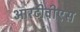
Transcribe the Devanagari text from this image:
आरटीवीएस